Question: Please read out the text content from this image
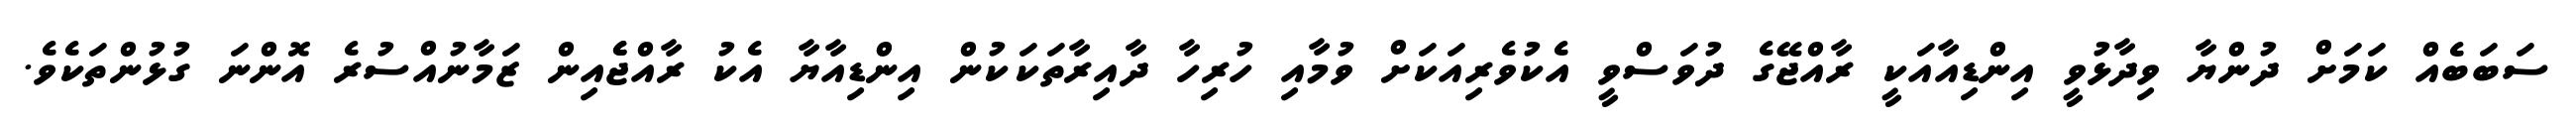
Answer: ސަބަބެއް ކަމަށް ދުންޔާ ވިދާޅުވީ އިންޑިއާއަކީ ރާއްޖޭގެ ދުވަސްވީ އެކުވެރިއަކަށް ވުމާއި ހުރިހާ ދާއިރާތަކަކުން އިންޑިއާޔާ އެކު ރާއްޖެެއިން ޒަމާނުއްސުރެ އޮންނަ ގުޅުންތަކެވެ.